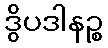
ဒွိပဒါနဉ္စ